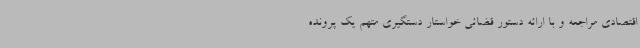
اقتصادی مراجعه و با ارائه دستور قضائی خواستار دستگیری متهم یک پرونده